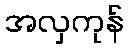
အလှကုန်